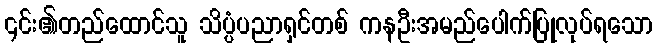
၎င်း၏တည်ထောင်သူ သိပ္ပံပညာရှင်တစ် ကနဦးအမည်ပေါက်ပြုလုပ်ရသော